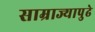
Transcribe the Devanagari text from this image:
साम्राज्यापुढे